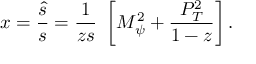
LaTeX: x = \frac { \hat { s } } { s } = { \frac { 1 } { z s } } ~ \left[ M _ { \psi } ^ { 2 } + { \frac { P _ { T } ^ { 2 } } { 1 - z } } \right] .